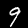
Label: 9